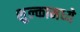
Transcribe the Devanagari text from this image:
शुल्कामध्ये